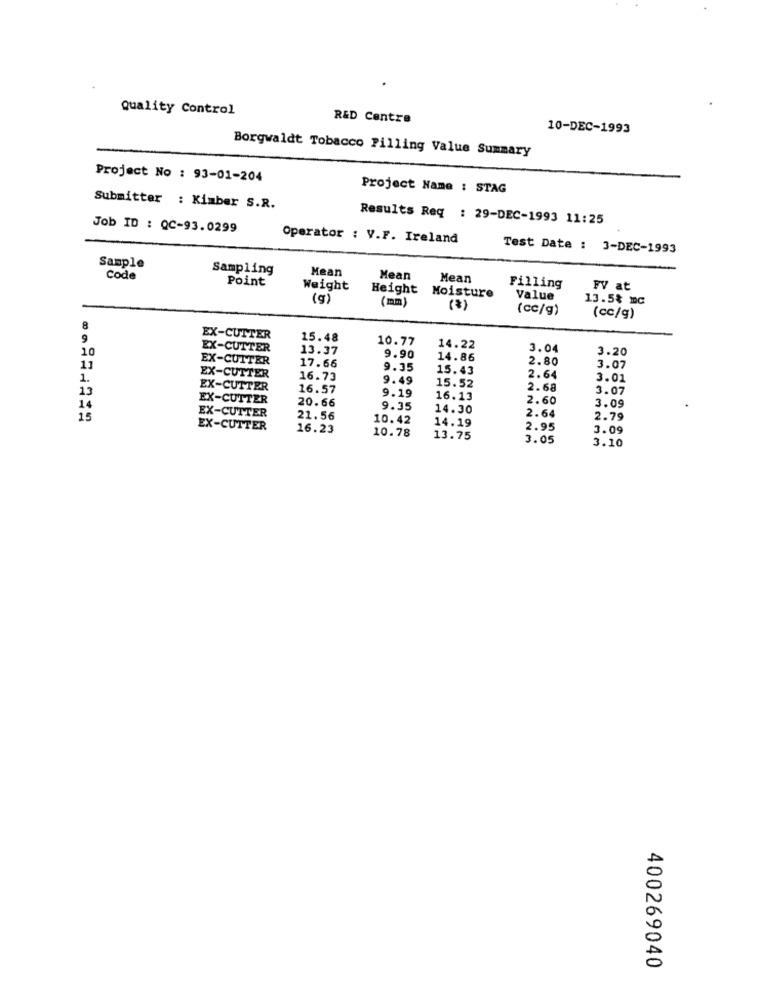
Quality Control
R&D Centre
10-DEC-1993
Borgwaldt Tobacco Pilling Value Summary
Project No : 93-01-204
Project Name : STAG
Submitter : Kimber S.R.
Results Req : 29-DEC-1993 11:25
Job ID : QC-93.0299
Operator : V.F. Ireland
Test Date : 3-DEC-1993
Sample
Sampling
Mean
Code
Point
Mean
Mean
Weight
Height
Moisture
Filling
FV at
(g)
(mm)
Value
13.5% mc
(cc/g)
(cc/g)
8
9
EX-CUTTER
15.48
10.77
10
EX-CUTTER
13.37
14.22
3.04
3.20
EX-CUTTER
9.90
14.86
2.80
11
17.66
9.35
15.43
3.07
1.
EX-CUTTER
16.73
9.49
2.64
3.01
13
EX-CUTTER
16.57
15.52
2.68
3.07
EX-CUTTER
20.66
9.19
16.13
2.60
14
9.35
14.30
3.09
15
EX-CUTTER
21.56
10.42
14.19
2.64
2.79
EX-CUTTER
16.23
10.78
2.95
3.09
13.75
3.05
3.10
400269040